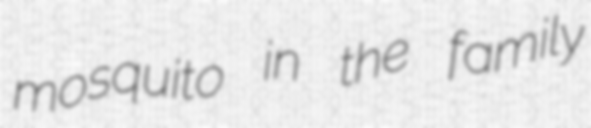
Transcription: mosquito in the family